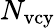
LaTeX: N_{\mathrm{vcy}}